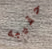
حقيبه